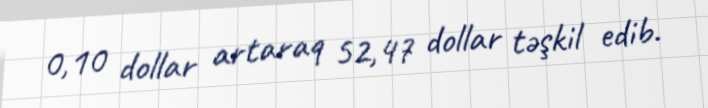
0,10 dollar artaraq 52,47 dollar təşkil edib.